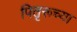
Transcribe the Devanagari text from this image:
पितृरूच्या